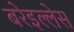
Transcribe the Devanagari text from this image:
बरेइल्लेस